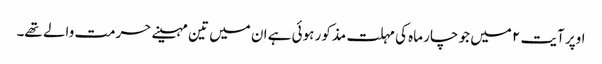
اوپر آیت ۲ میں جو چار ماہ کی مہلت مذکور ہوئی ہے ان میں تین مہینے حرمت والے تھے۔